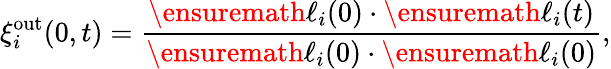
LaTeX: \xi_{i}^{\mathrm{out}}(0,t)=\frac{\ensuremath{\mathbf{{\ell}}}_{i}(0)\cdot\ensuremath{\mathbf{{\ell}}}_{i}(t)}{\ensuremath{\mathbf{{\ell}}}_{i}(0)\cdot\ensuremath{\mathbf{{\ell}}}_{i}(0)},